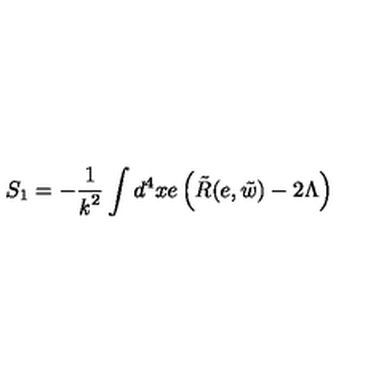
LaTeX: S _ { 1 } = - \frac { 1 } { { \it k } ^ { 2 } } \int d ^ { 4 } x e \left( \tilde { R } ( e , \tilde { w } ) - 2 \Lambda \right)